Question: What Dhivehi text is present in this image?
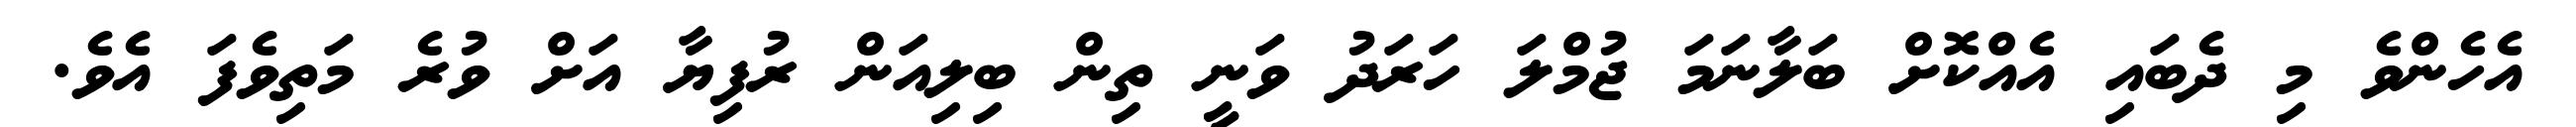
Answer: އެހެންވެ މި ދެބައި އެއްކޮށް ބަލާނަމަ ޖުމްލަ ހަރަދު ވަނީ ތިން ބިލިއަން ރުފިޔާ އަށް ވުރެ މަތިވެފަ އެވެ.